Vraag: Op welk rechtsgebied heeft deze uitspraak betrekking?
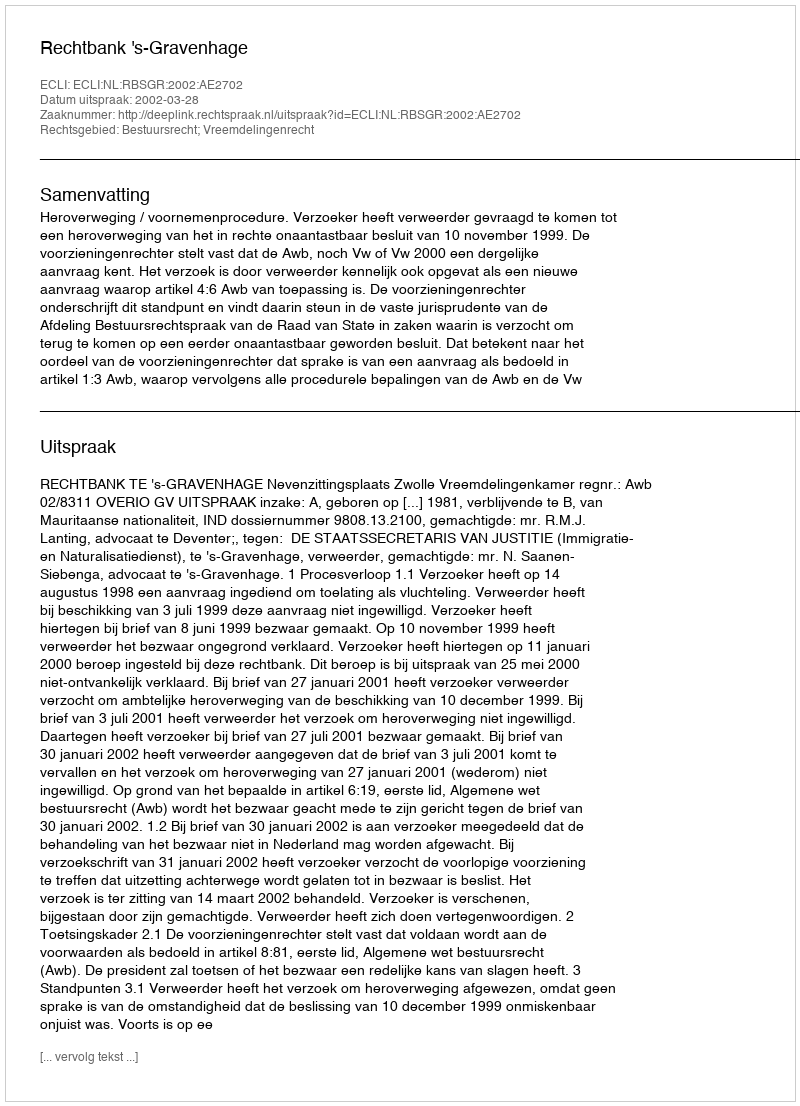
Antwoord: Bestuursrecht; Vreemdelingenrecht